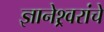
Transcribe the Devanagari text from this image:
ज्ञानेश्र्वरांचे